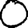
Digit: 0